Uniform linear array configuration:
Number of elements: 8
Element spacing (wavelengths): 1
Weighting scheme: uniform
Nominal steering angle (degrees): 45
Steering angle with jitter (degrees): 46.087
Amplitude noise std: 0.05
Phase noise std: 0.05

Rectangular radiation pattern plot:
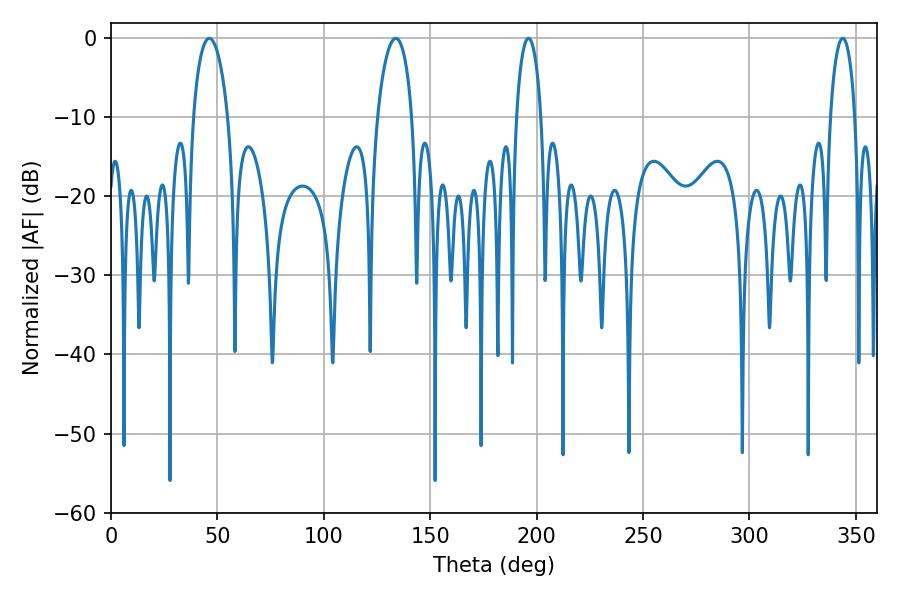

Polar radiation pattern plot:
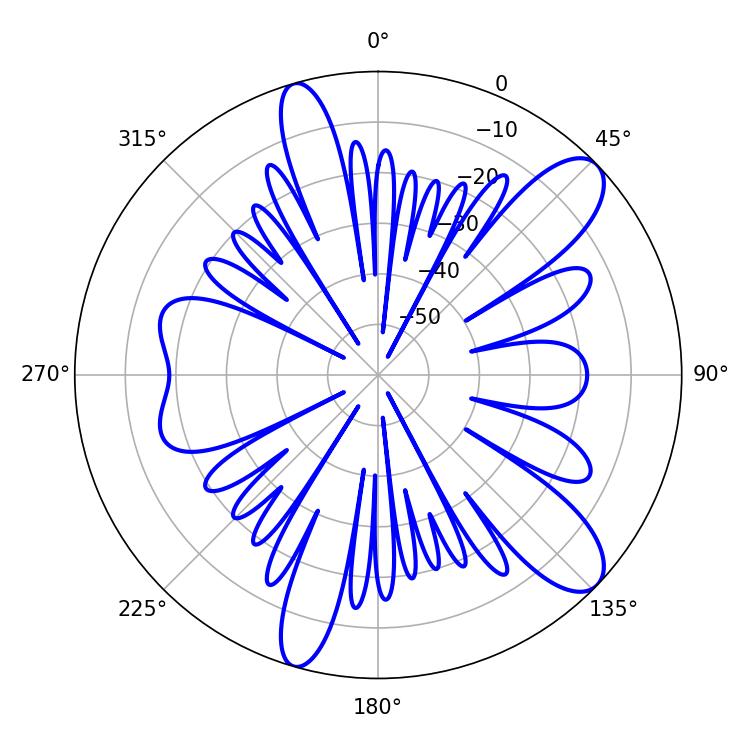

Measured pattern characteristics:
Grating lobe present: TRUE
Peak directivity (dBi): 10.623
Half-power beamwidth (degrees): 6.48
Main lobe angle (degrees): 196.2